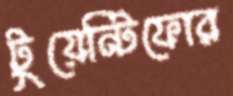
টুয়েন্টিফোর